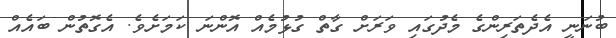
ބުނަނީ އެދެތަރިންގެ މެދުގައި ވަރަށް ގާތް ގުޅުމެއް އޮންނަ ކަމަށެވެ. އެގޮތުން ބައެއް